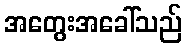
အတွေးအခေါ်သည်